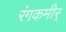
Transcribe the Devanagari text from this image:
रंगकमीर्